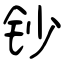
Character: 钞